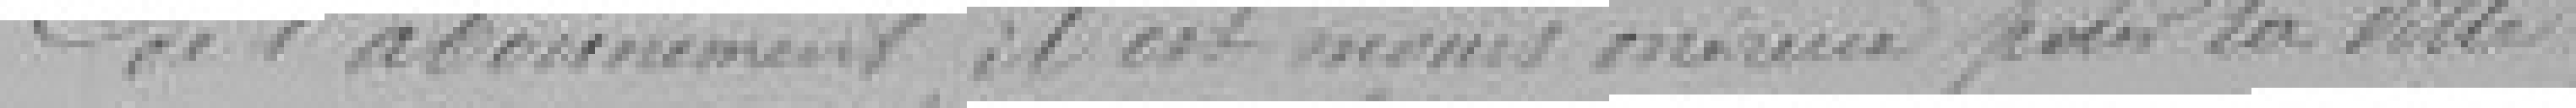
De l'abonnement, il est moins onéreux pour la ville.